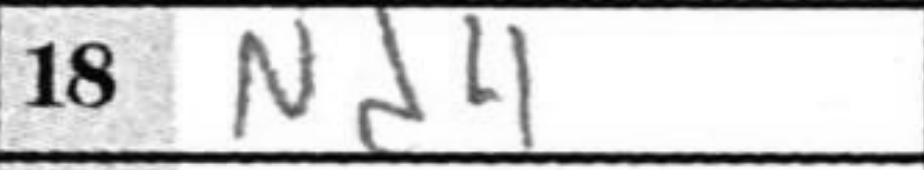
Transcription: Nd4